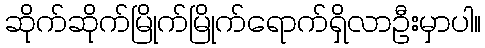
ဆိုက်ဆိုက်မြိုက်မြိုက်ရောက်ရှိလာဦးမှာပါ။